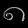
Digit: ၈